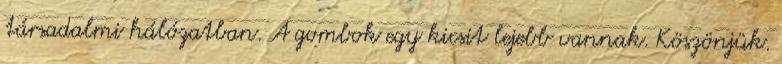
társadalmi hálózatban. A gombok egy kicsit lejebb vannak. Köszönjük.